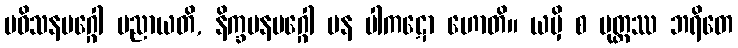
ပဝိသနမဂ္ဂေါ ပညာယတိ, နိက္ခမနမဂ္ဂေါ ပန ပါကဋော ဟောတိ။ ယမှိ စ မုတ္တဿ ဘရိတေ